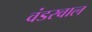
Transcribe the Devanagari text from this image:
वंडरवाल